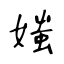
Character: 媸